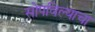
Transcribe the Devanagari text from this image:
सोपविल्याचा